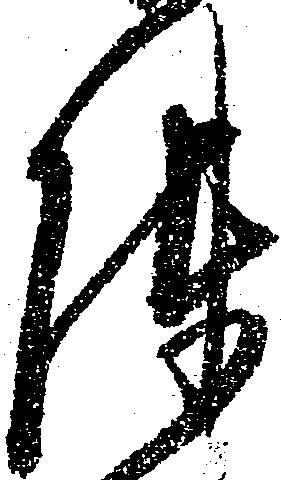
陣